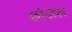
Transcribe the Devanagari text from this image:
कोदाल